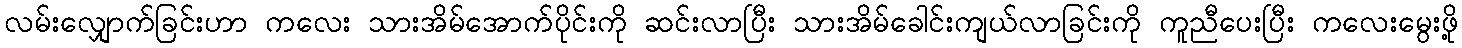
လမ်းလျှောက်ခြင်းဟာ ကလေး သားအိမ်အောက်ပိုင်းကို ဆင်းလာပြီး သားအိမ်ခေါင်းကျယ်လာခြင်းကို ကူညီပေးပြီး ကလေးမွေးဖို့